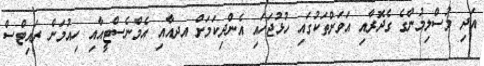
އަދި މުސްލިމުންގެ ގެދޮރާއި އަވަށްތަކުގައި ހުޅުޖަހައި އެންދިކަމަށް އދއާއި އެމްނެސްޓީއާއި ހިއުމަން ރައިޓްސް